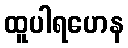
ထူပါရဟေန